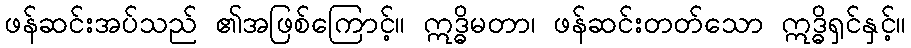
ဖန်ဆင်းအပ်သည် ၏အဖြစ်ကြောင့်။ ဣဒ္ဓိမတာ၊ ဖန်ဆင်းတတ်သော ဣဒ္ဓိရှင်နှင့်။